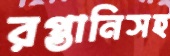
রপ্তানিসহ